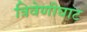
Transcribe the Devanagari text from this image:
त्रिवेणीघाट